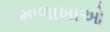
માળાખાઓ